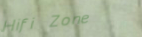
Hifi Zone